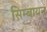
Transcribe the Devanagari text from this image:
सिम्बायन